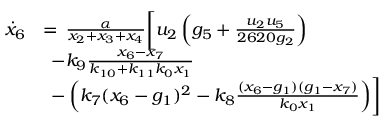
\begin{array} { r l } { \Dot { x } _ { 6 } } & { = \, \frac { \alpha } { x _ { 2 } + x _ { 3 } + x _ { 4 } } \biggl [ u _ { 2 } \left( g _ { 5 } + \frac { u _ { 2 } u _ { 5 } } { 2 6 2 0 g _ { 2 } } \right) } \\ & { \, \; - k _ { 9 } \frac { x _ { 6 } - x _ { 7 } } { k _ { 1 0 } + k _ { 1 1 } k _ { 0 } x _ { 1 } } } \\ & { \, \; - \left( k _ { 7 } ( x _ { 6 } - g _ { 1 } ) ^ { 2 } - k _ { 8 } \frac { ( x _ { 6 } - g _ { 1 } ) ( g _ { 1 } - x _ { 7 } ) } { k _ { 0 } x _ { 1 } } \right) \biggr ] } \end{array}